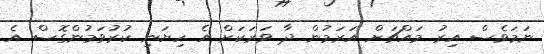
ނަމަވެސް އިރު މައްޗަށް އަރަމުން ދާ ވަރަކަށް އެ ހިޔަނި ކުރުވަމުންގޮސް އެ